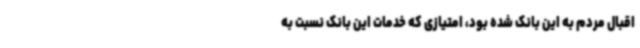
اقبال مردم به این بانک شده بود، امتیازی که خدمات این بانک نسبت به